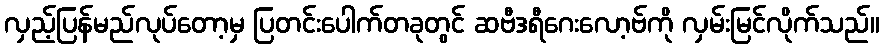
လှည့်ပြန်မည်လုပ်တော့မှ ပြတင်းပေါက်တခုတွင် ဆဗီဒရီဂေးလော့ဗ်ကို လှမ်းမြင်လိုက်သည်။